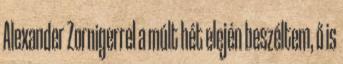
Alexander Zornigerrel a múlt hét elején beszéltem, ő is